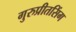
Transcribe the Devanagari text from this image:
गुरुप्रीतसिंग